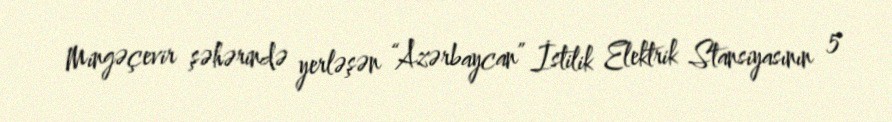
Mingəçevir şəhərində yerləşən “Azərbaycan” İstilik Elektrik Stansiyasının 5